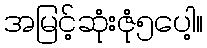
အမြင့်ဆုံးဇုံ၅ပေါ့။